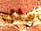
مثل